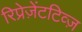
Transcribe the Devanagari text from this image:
रिप्रेज़ेंटटिव्ज़